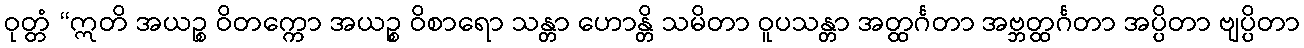
ဝုတ္တံ “ဣတိ အယဉ္စ ဝိတက္ကော အယဉ္စ ဝိစာရော သန္တာ ဟောန္တိ သမိတာ ဝူပသန္တာ အတ္ထင်္ဂတာ အဗ္ဘတ္ထင်္ဂတာ အပ္ပိတာ ဗျပ္ပိတာ